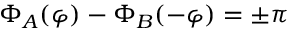
\Phi _ { A } ( \varphi ) - \Phi _ { B } ( - \varphi ) = \pm \pi